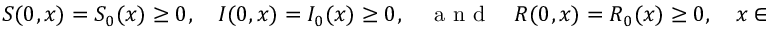
S ( 0 , x ) = S _ { 0 } ( x ) \geq 0 , \quad I ( 0 , x ) = I _ { 0 } ( x ) \geq 0 , \quad \mathrm { ~ a ~ n ~ d ~ } \quad R ( 0 , x ) = R _ { 0 } ( x ) \geq 0 , \quad x \in \mathcal { U } ,